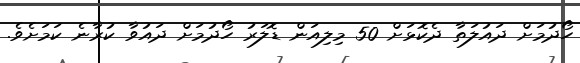
ހޯދުމަށް ދައުލަތާ ދެކޮޅަށް 50 މިލިއަން ޑޮލަރު ހޯދުމަށް ދައުވާ ކުރާނެ ކަމަށެވެ.